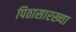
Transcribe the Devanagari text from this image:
पिठासारख्या